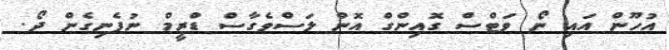
އުހޫން އައި ނޯ ވަޓްސް ގޮއިންގް އޮން ލަސްވެގާސް ޑްރީމް ނުފެނިގެން ދޯ.